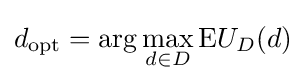
d_{\mathrm {opt} }=\arg \max \limits _{d\in D}{\text{E}}U_{D}(d)